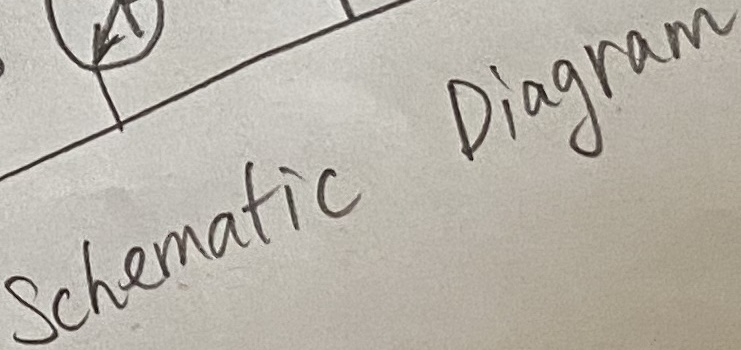
Text: Schematic Diagram